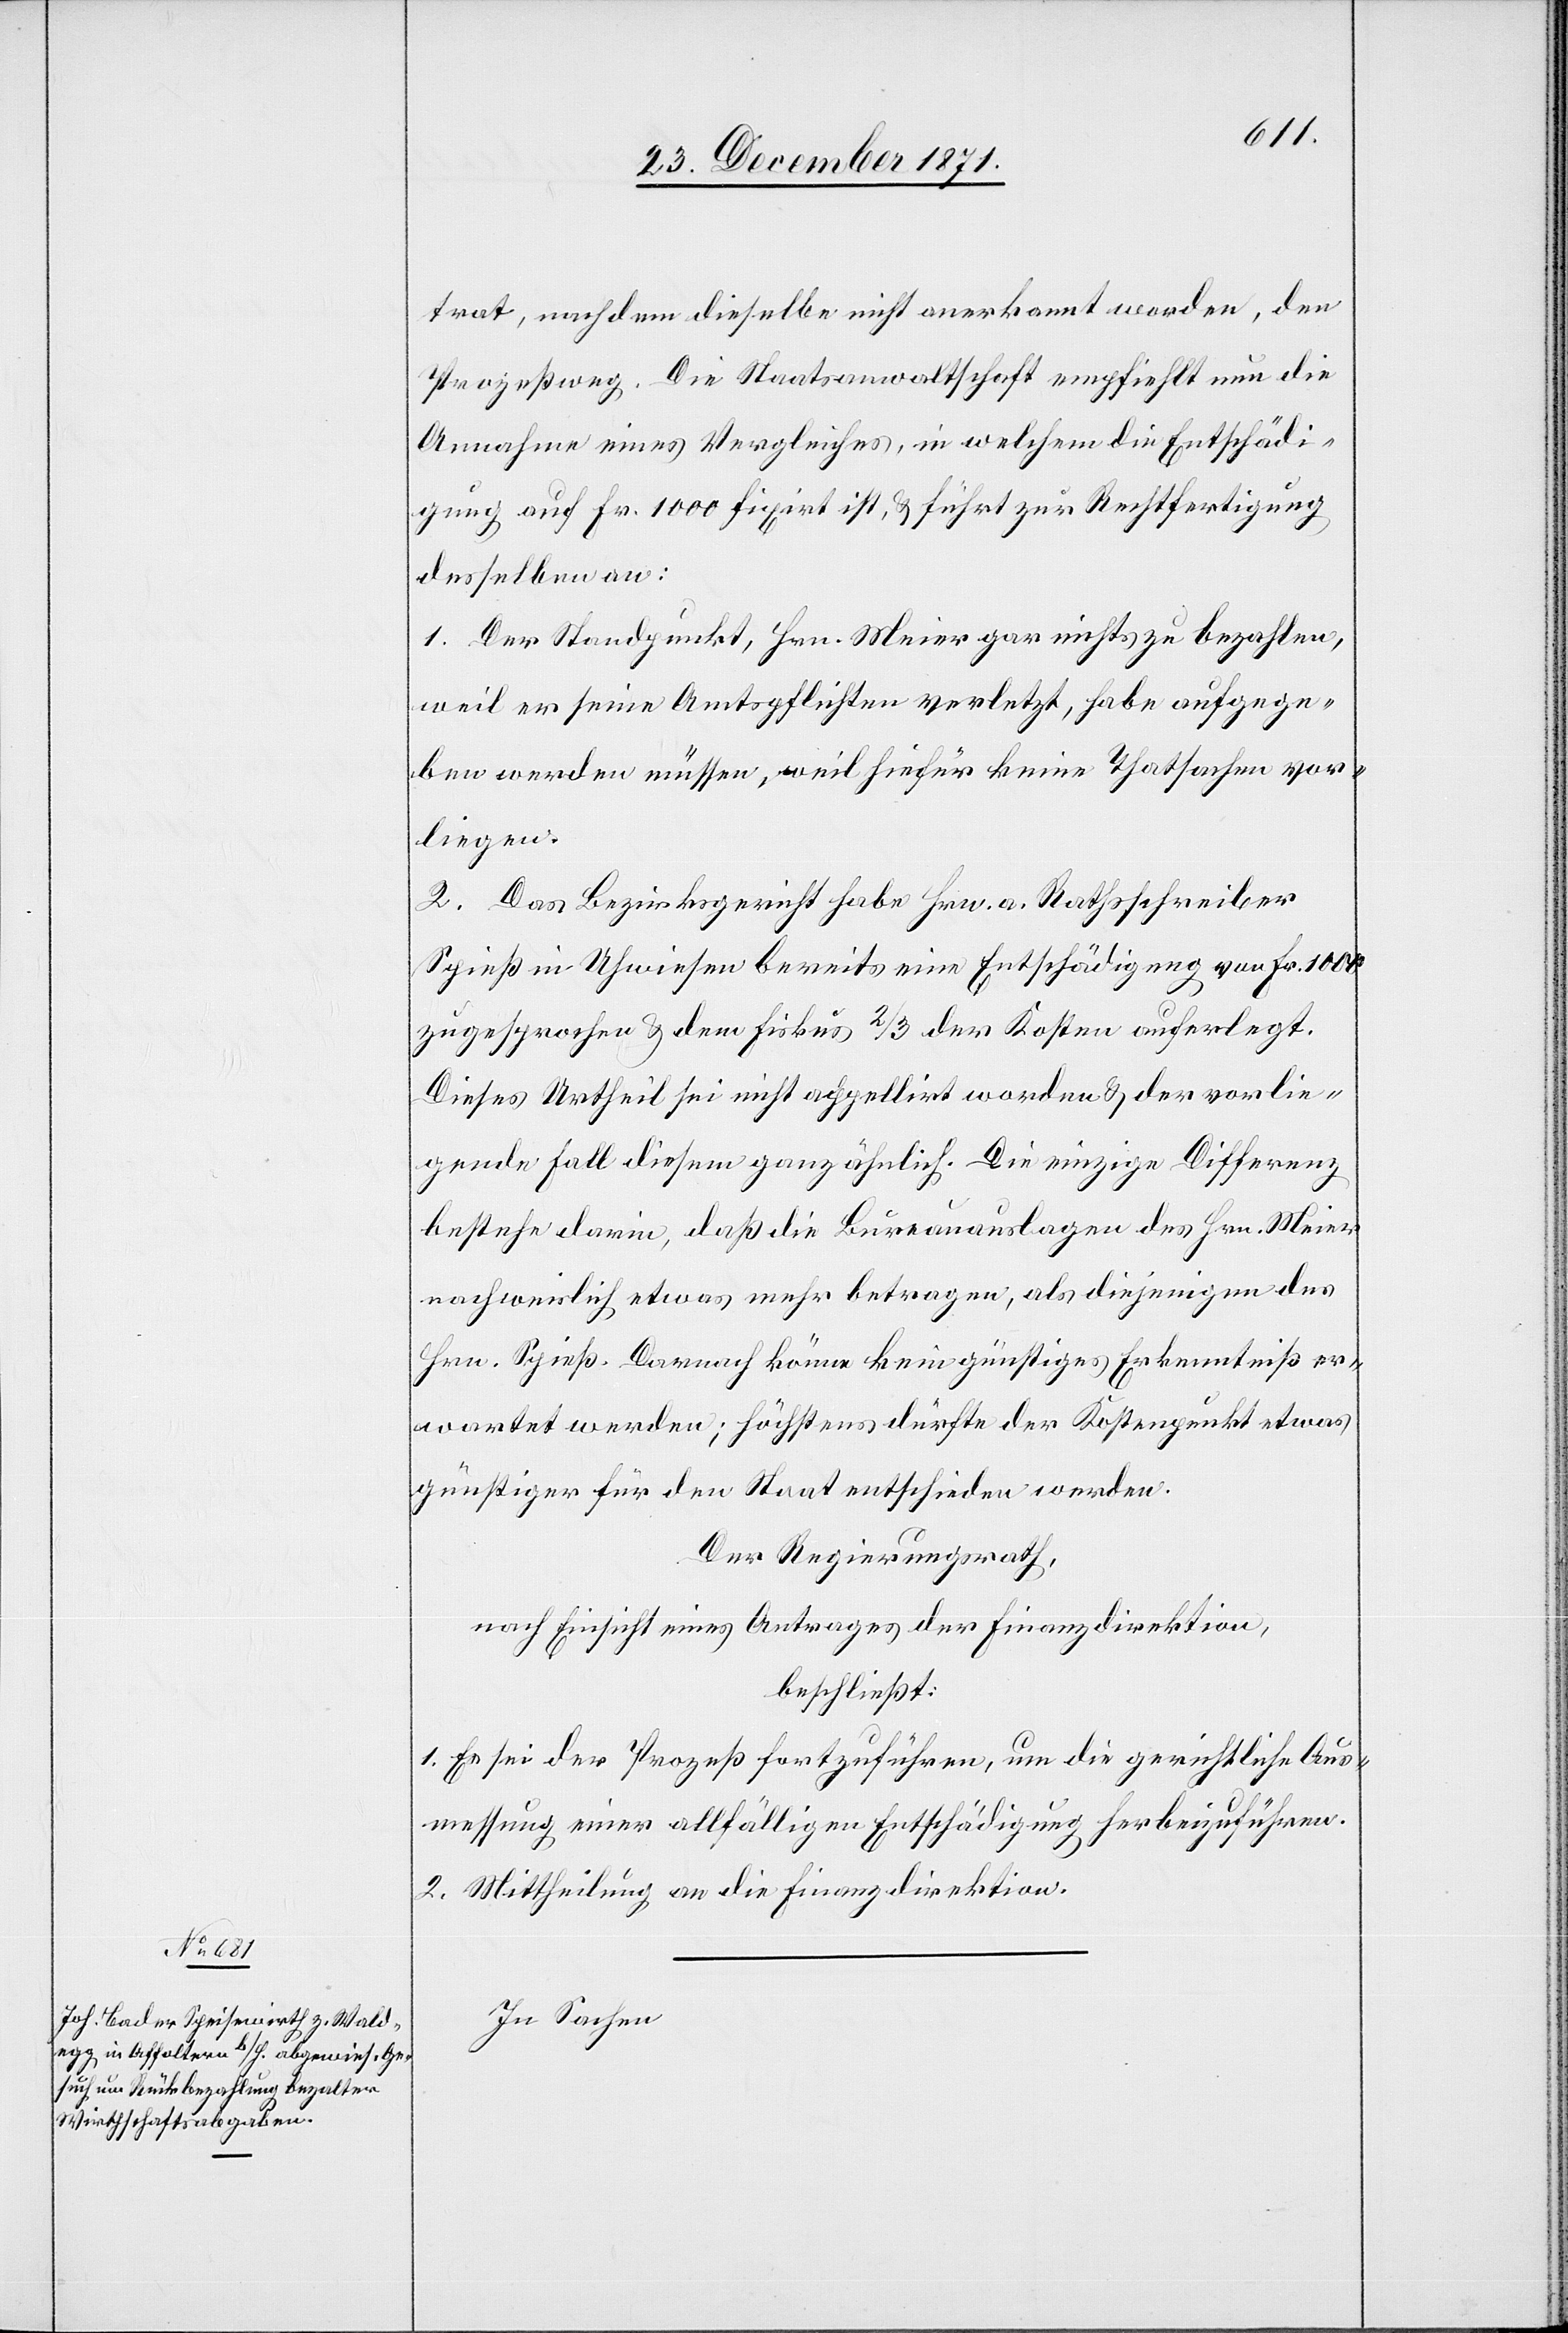
trat, nachdem dieselbe nicht anerkannt worden, den
Prozeßweg. Die Staatsanwaltschaft empfiehlt nun die
Annahme eines Vergleiches, in welchem die Entschädi¬
gung auf Fr. 1000 fixirt ist, & führt zur Rechtfertigung
desselben an:
1, Der Standpunkt, Hrn. Meier gar nichts zu bezahlen,
weil er seine Amtspflichten verletzt, habe aufgege¬
ben werden müssen, weil hiefür keine Thatsachen vor¬
liegen.
2. Das Bezirksgericht habe Hrn. a. Rathsschreiber
Spieß in Uhwiesen bereits eine Entschädigung von Fr. 1000
zugesprochen & dem Fiskus 2/3 der Kosten auferlegt.
Dieses Urtheil sei nicht appellirt worden & der vorlie¬
gende Fall diesem ganz ähnlich. Die einzige Differenz
bestehe darin, daß die Bureauauslagen des Hrn. Meier
nachweislich etwas mehr betragen, als diejenigen des
Hrn. Spieß. Darnach könne kein günstiges Erkenntniß er¬
wartet werden, höchstens dürfte der Kostenpunkt etwas
günstiger für den Staat entschieden werden.
Der Regierungsrath,
nach Einsicht eines Antrages der Finanzdirektion,
beschließt:
1. Es sei der Prozeß fortzuführen, um die gerichtliche Aus¬
messung einer allfälligen Entschädigung herbeizuführen.
2. Mittheilung an die Finanzdirektion.
In Sachen